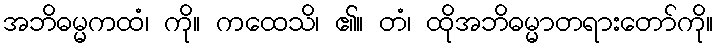
အဘိဓမ္မကထံ၊ ကို။ ကထေသိ၊ ၏။ တံ၊ ထိုအဘိဓမ္မာတရားတော်ကို။